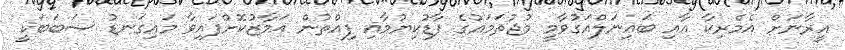
އީރާނަށް އެމެރިކާ އާއި ބައިނަލްއަގުވާމީ މުޖުތަމައުގެ ފާޑުކިޔުމާއި ފިއްތުން އަމާޒުކޮށްފައިވާ މައިގަނޑު ސަބަބަކީ